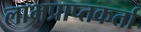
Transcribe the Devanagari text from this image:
लाभप्राप्तकर्ता